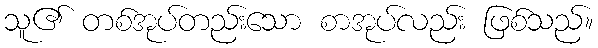
သူ၏ တစ်အုပ်တည်းသော စာအုပ်လည်း ဖြစ်သည်။